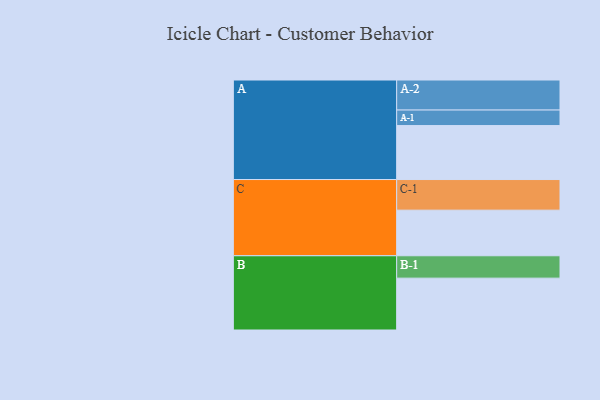
{"axis": {"x": "Segment", "y": "Value"}, "legend": ["", "A", "B", "C"], "data": [{"x": "A", "y": 465, "type": ""}, {"x": "B", "y": 447, "type": ""}, {"x": "C", "y": 393, "type": ""}, {"x": "A-1", "y": 134, "type": "A"}, {"x": "A-2", "y": 259, "type": "A"}, {"x": "B-1", "y": 193, "type": "B"}, {"x": "C-1", "y": 264, "type": "C"}]}